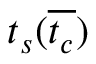
t _ { s } ( \overline { { t _ { c } } } )